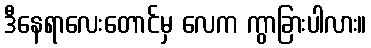
ဒီနေရာလေးတောင်မှ လေက ကွာခြားပါလား။